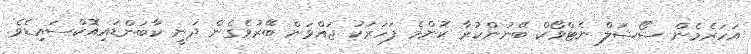
އަހަރެމެން ސޯޝަލް ނެޓްވޯކް ބޭނުންކުރާ ކޮންމެ ފަހަރަކު ޖައްވަން ބޭރުވެގެން ދަނީ ކާބަންޑައިއޮކްސައިޑެވެ.